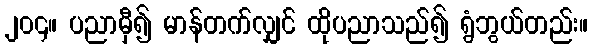
၂၀၄။ ပညာမှီ၍ မာန်တက်လျှင် ထိုပညာသည်၍ ရွံဘွယ်တည်း။